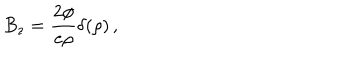
B _ { z } = { \frac { 2 \phi } { e \rho } } \delta ( \rho ) \, ,